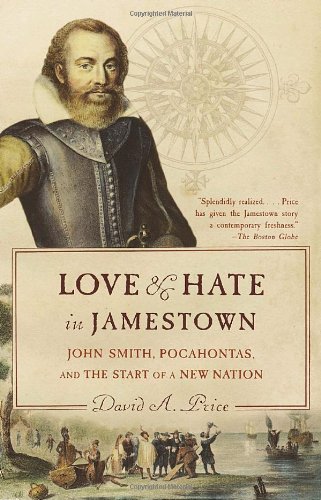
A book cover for Love and Hate in Jamestown: John Smith, Pocahontas, and the Start of a New Nation; David A. Price; History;